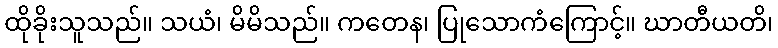
ထိုခိုးသူသည်။ သယံ၊ မိမိသည်။ ကတေန၊ ပြုသောကံကြောင့်။ ဃာတီယတိ၊